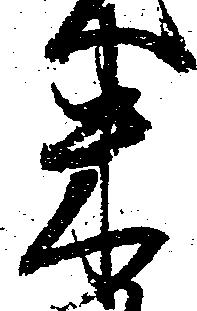
米